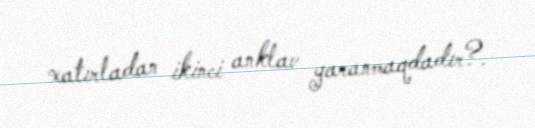
xatırladan ikinci anklav yaranmaqdadır?.